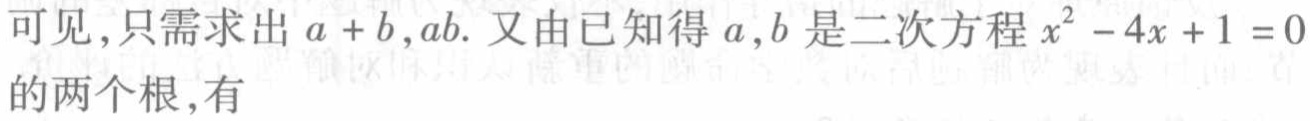
可见,只需求出\(a + b,ab\). 又由已知得\(a,b\)是二次方程\(x^{2}-4x + 1 = 0\)的两个根,有